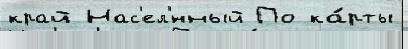
край Нас'ел'́нный По ка́рты